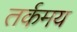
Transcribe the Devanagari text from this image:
तर्कमय